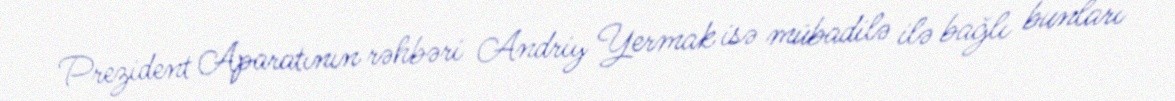
Prezident Aparatının rəhbəri Andriy Yermak isə mübadilə ilə bağlı bunları